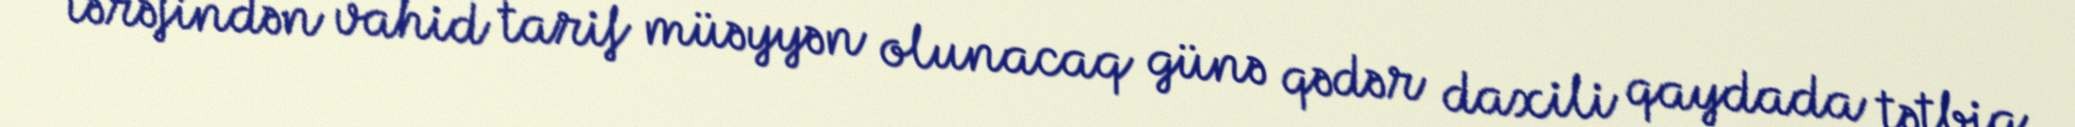
tərəfindən vahid tarif müəyyən olunacaq günə qədər daxili qaydada tətbiq